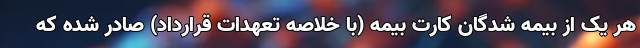
هر یک از بیمه شدگان کارت بیمه (با خلاصه تعهدات قرارداد) صادر شده که